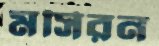
মসিরন